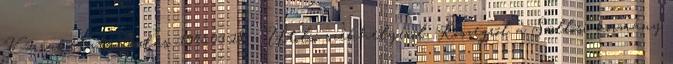
V-2 rakétatámadás. 1945.03.28. - Utolsó székhelyérõl, Kõszegrõl a Szöllõsi-kormány